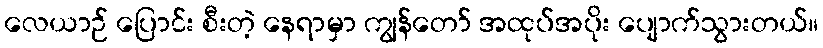
လေယာဉ် ပြောင်း စီးတဲ့ နေရာမှာ ကျွန်တော် အထုပ်အပိုး ပျောက်သွားတယ်။